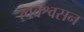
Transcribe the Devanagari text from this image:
त्वक्श्वसन